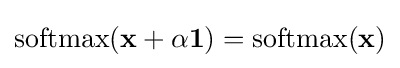
\operatorname {softmax} (\mathbf {x} +\alpha \mathbf {1} )=\operatorname {softmax} (\mathbf {x} )